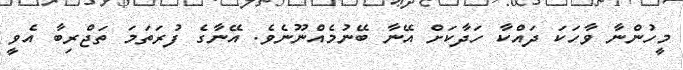
މީހުންނާ ވާހަކަ ދައްކާ ހަދާކަށް އޭނާ ބޭނުމެއްނޫނެެވެ. އޭނާގެ ފުރަތަމަ ތަޖްރިބާ އެވީ